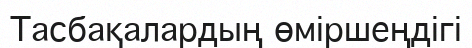
Тасбақалардың өміршеңдігі